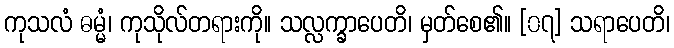
ကုသလံ ဓမ္မံ၊ ကုသိုလ်တရားကို။ သလ္လက္ခာပေတိ၊ မှတ်စေ၏။ [၀၇] သရာပေတိ၊